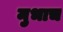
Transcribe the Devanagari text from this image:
मुभाच